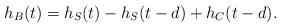
LaTeX: \begin{align*}h_{B}(t)=h_S(t)-h_S(t-d)+h_C(t-d).\end{align*}